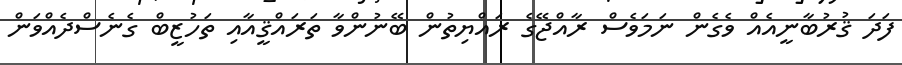
ފަދަ ޤުރުބާނީއެއް ވެގެން ނަމަވެސް ރާއްޖޭގެ ރައްޔިތުން ބޭނުންވާ ތަރައްޤީއާއި ތަހުޒީބް ގެނެސްދެއްވަން